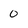
Character: 0